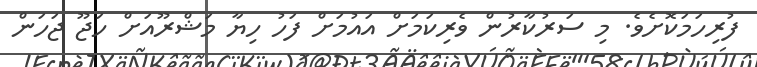
ފުރިހަމަކޮށެވެ. މި ސަރުކާރުން ވެރިކަމަށް އައުމަށް ފަހު ހިޔާ މަޝްރޫއަށް ހަޖޫ ޖަހަން